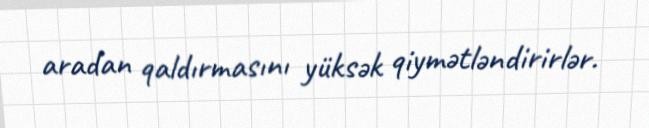
aradan qaldırmasını yüksək qiymətləndirirlər.